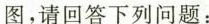
图，请回答下列问题：